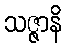
သဇ္ဇာနိ